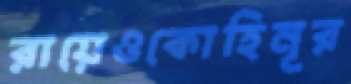
রায়েওকোহিনূর